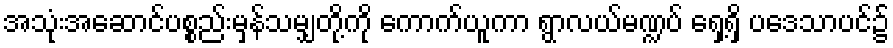
အသုံးအဆောင်ပစ္စည်းမှန်သမျှတို့ကို ကောက်ယူကာ ရွာလယ်မဏ္ဍပ် ရှေ့ရှိ ပဒေသာပင်၌